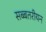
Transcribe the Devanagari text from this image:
सब्बतरीयन